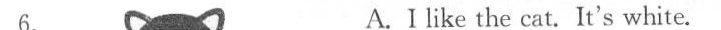
A.I like the cat.It's white.